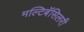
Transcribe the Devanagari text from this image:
मल्टिबॅसिलरी